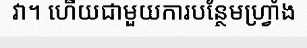
វា។ ហើយជាមួយការបន្ថែមហ្វ្រាំង